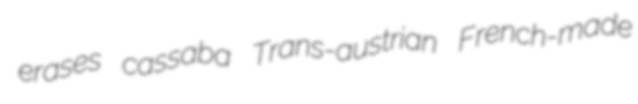
erases cassaba Trans-austrian French-made